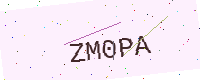
Text: ZM0PA